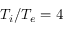
T _ { i } / T _ { e } = 4